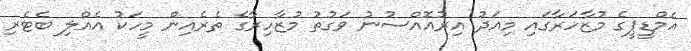
އެމްޑީޕީގެ މުޒާހަރާގައި މިއަދު އިރުއޮއްސުނު ވަގުތު މުޒާހިރާގެ ތެރެއިން މީހަކު އެއްލި ބެޓެރި